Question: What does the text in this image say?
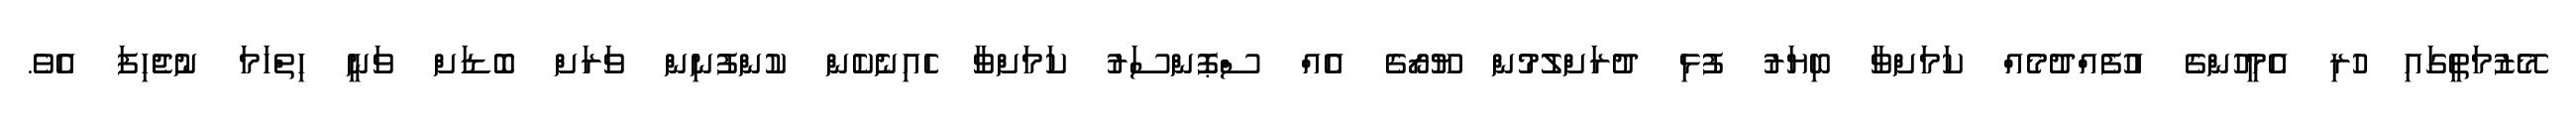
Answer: މޭޒުމަތީގައި ހުރި އެމީހުންގެ އުފެއްދުމެއް ކަމަށްވާ ބިޔަރު ފުޅި ދުރަށްލުމުން ޔޫރޯގެ އެއް ސްޕޮންސަރު ކަމަށްވާ ހެއިނެކެން ކުންފުނިން ވަރަށް ބޮޑަށް ވަނީ ހިތްހަމަ ނުޖެހިފަ އެވެ.